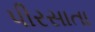
પીરસાતા